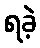
ရခဲ့